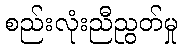
စည်းလုံးညီညွတ်မှု